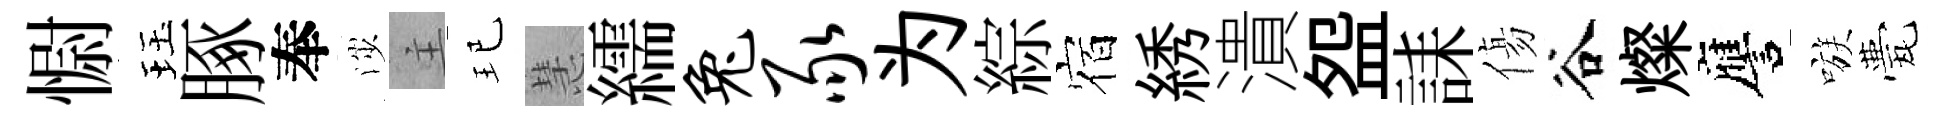
𢠢珏䐁奉渉主玘慧繻兔豕为綜宿綉潰盌誄傷谷燦譍嗾甍